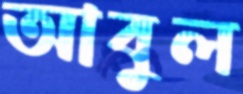
আবুল